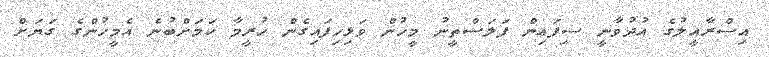
އިސްރާއީލުގެ އުދުވާނީ ސިފައިން ފަލަސްތީނު މީހުން ވަޅިހިފައިގެން ހުރީމާ ކަމަށްބުނެ އެމީހުންގެ ގަޔަށް